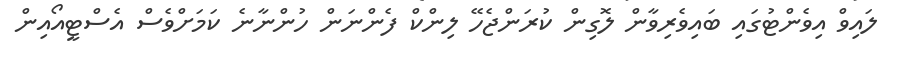
ލައިވް އިވެންޓުގައި ބައިވެރިވާން ލޮގިން ކުރަންޖެހޭ ލިންކް ފެންނަން ހުންނާނެ ކަމަށްވެސް އެސްޓީއޯއިން